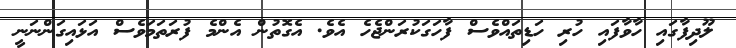
ލޫދިފާގައި ހާވާފައި ހުރި ހަޑިތައްވެސް ފާހަގަކުރަންޖެހެ އެވެ. އެގޮތުން އެންމެ ފުރަތަމަވެސް އަޅައިގަންނަނީ